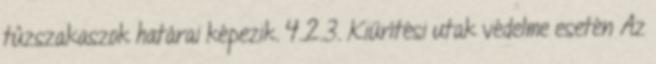
tûzszakaszok határai képezik. 4.2.3. Kiürítési utak védelme esetén Az